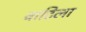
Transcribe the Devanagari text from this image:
वाटिला